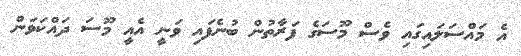
އެ މައްސަލައިގައި ވެސް މޫސަގެ ފަރާތުން ބުނެފައި ވަނީ އެއީ މޫސަ ދައްކަވަން